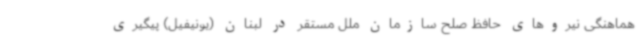
هماهنگی نیروهای حافظ صلح سازمان ملل مستقر در لبنان (یونیفیل) پیگیری